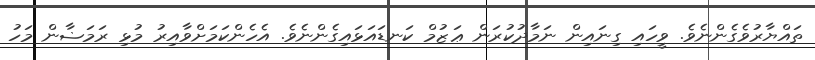
ތައްޔާރުވެގެންނެވެ. ވީހައި ގިނައިން ނަމާދުކުރަން ޢަޒުމް ކަނޑައަޅައިގެންނެވެ. އެހެންކަމަށްވާއިރު މުޅި ރަމަޟާން މަހު